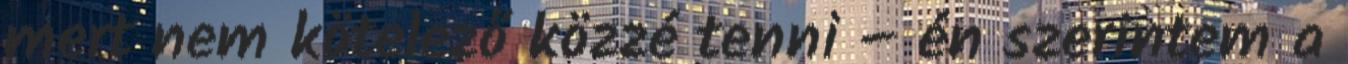
mert nem kötelező közzé tenni – én szerintem a